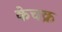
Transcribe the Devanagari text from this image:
केचक्र